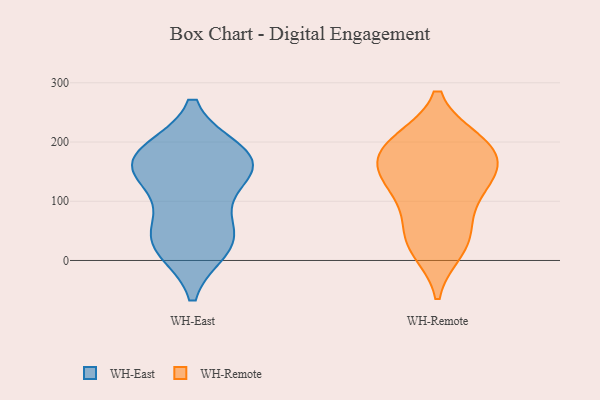
{"axis": {"x": "Latency (ms)", "y": "Value"}, "legend": ["WH-East", "WH-Remote"], "data": [{"x": "", "y": 31, "type": "WH-East"}, {"x": "", "y": 34, "type": "WH-East"}, {"x": "", "y": 182, "type": "WH-East"}, {"x": "", "y": 178, "type": "WH-East"}, {"x": "", "y": 22, "type": "WH-East"}, {"x": "", "y": 172, "type": "WH-East"}, {"x": "", "y": 160, "type": "WH-East"}, {"x": "", "y": 150, "type": "WH-East"}, {"x": "", "y": 64, "type": "WH-East"}, {"x": "", "y": 137, "type": "WH-East"}, {"x": "", "y": 148, "type": "WH-Remote"}, {"x": "", "y": 20, "type": "WH-Remote"}, {"x": "", "y": 200, "type": "WH-Remote"}, {"x": "", "y": 184, "type": "WH-Remote"}, {"x": "", "y": 38, "type": "WH-Remote"}, {"x": "", "y": 37, "type": "WH-Remote"}, {"x": "", "y": 130, "type": "WH-Remote"}, {"x": "", "y": 128, "type": "WH-Remote"}, {"x": "", "y": 159, "type": "WH-Remote"}, {"x": "", "y": 196, "type": "WH-Remote"}, {"x": "", "y": 92, "type": "WH-Remote"}, {"x": "", "y": 194, "type": "WH-Remote"}]}